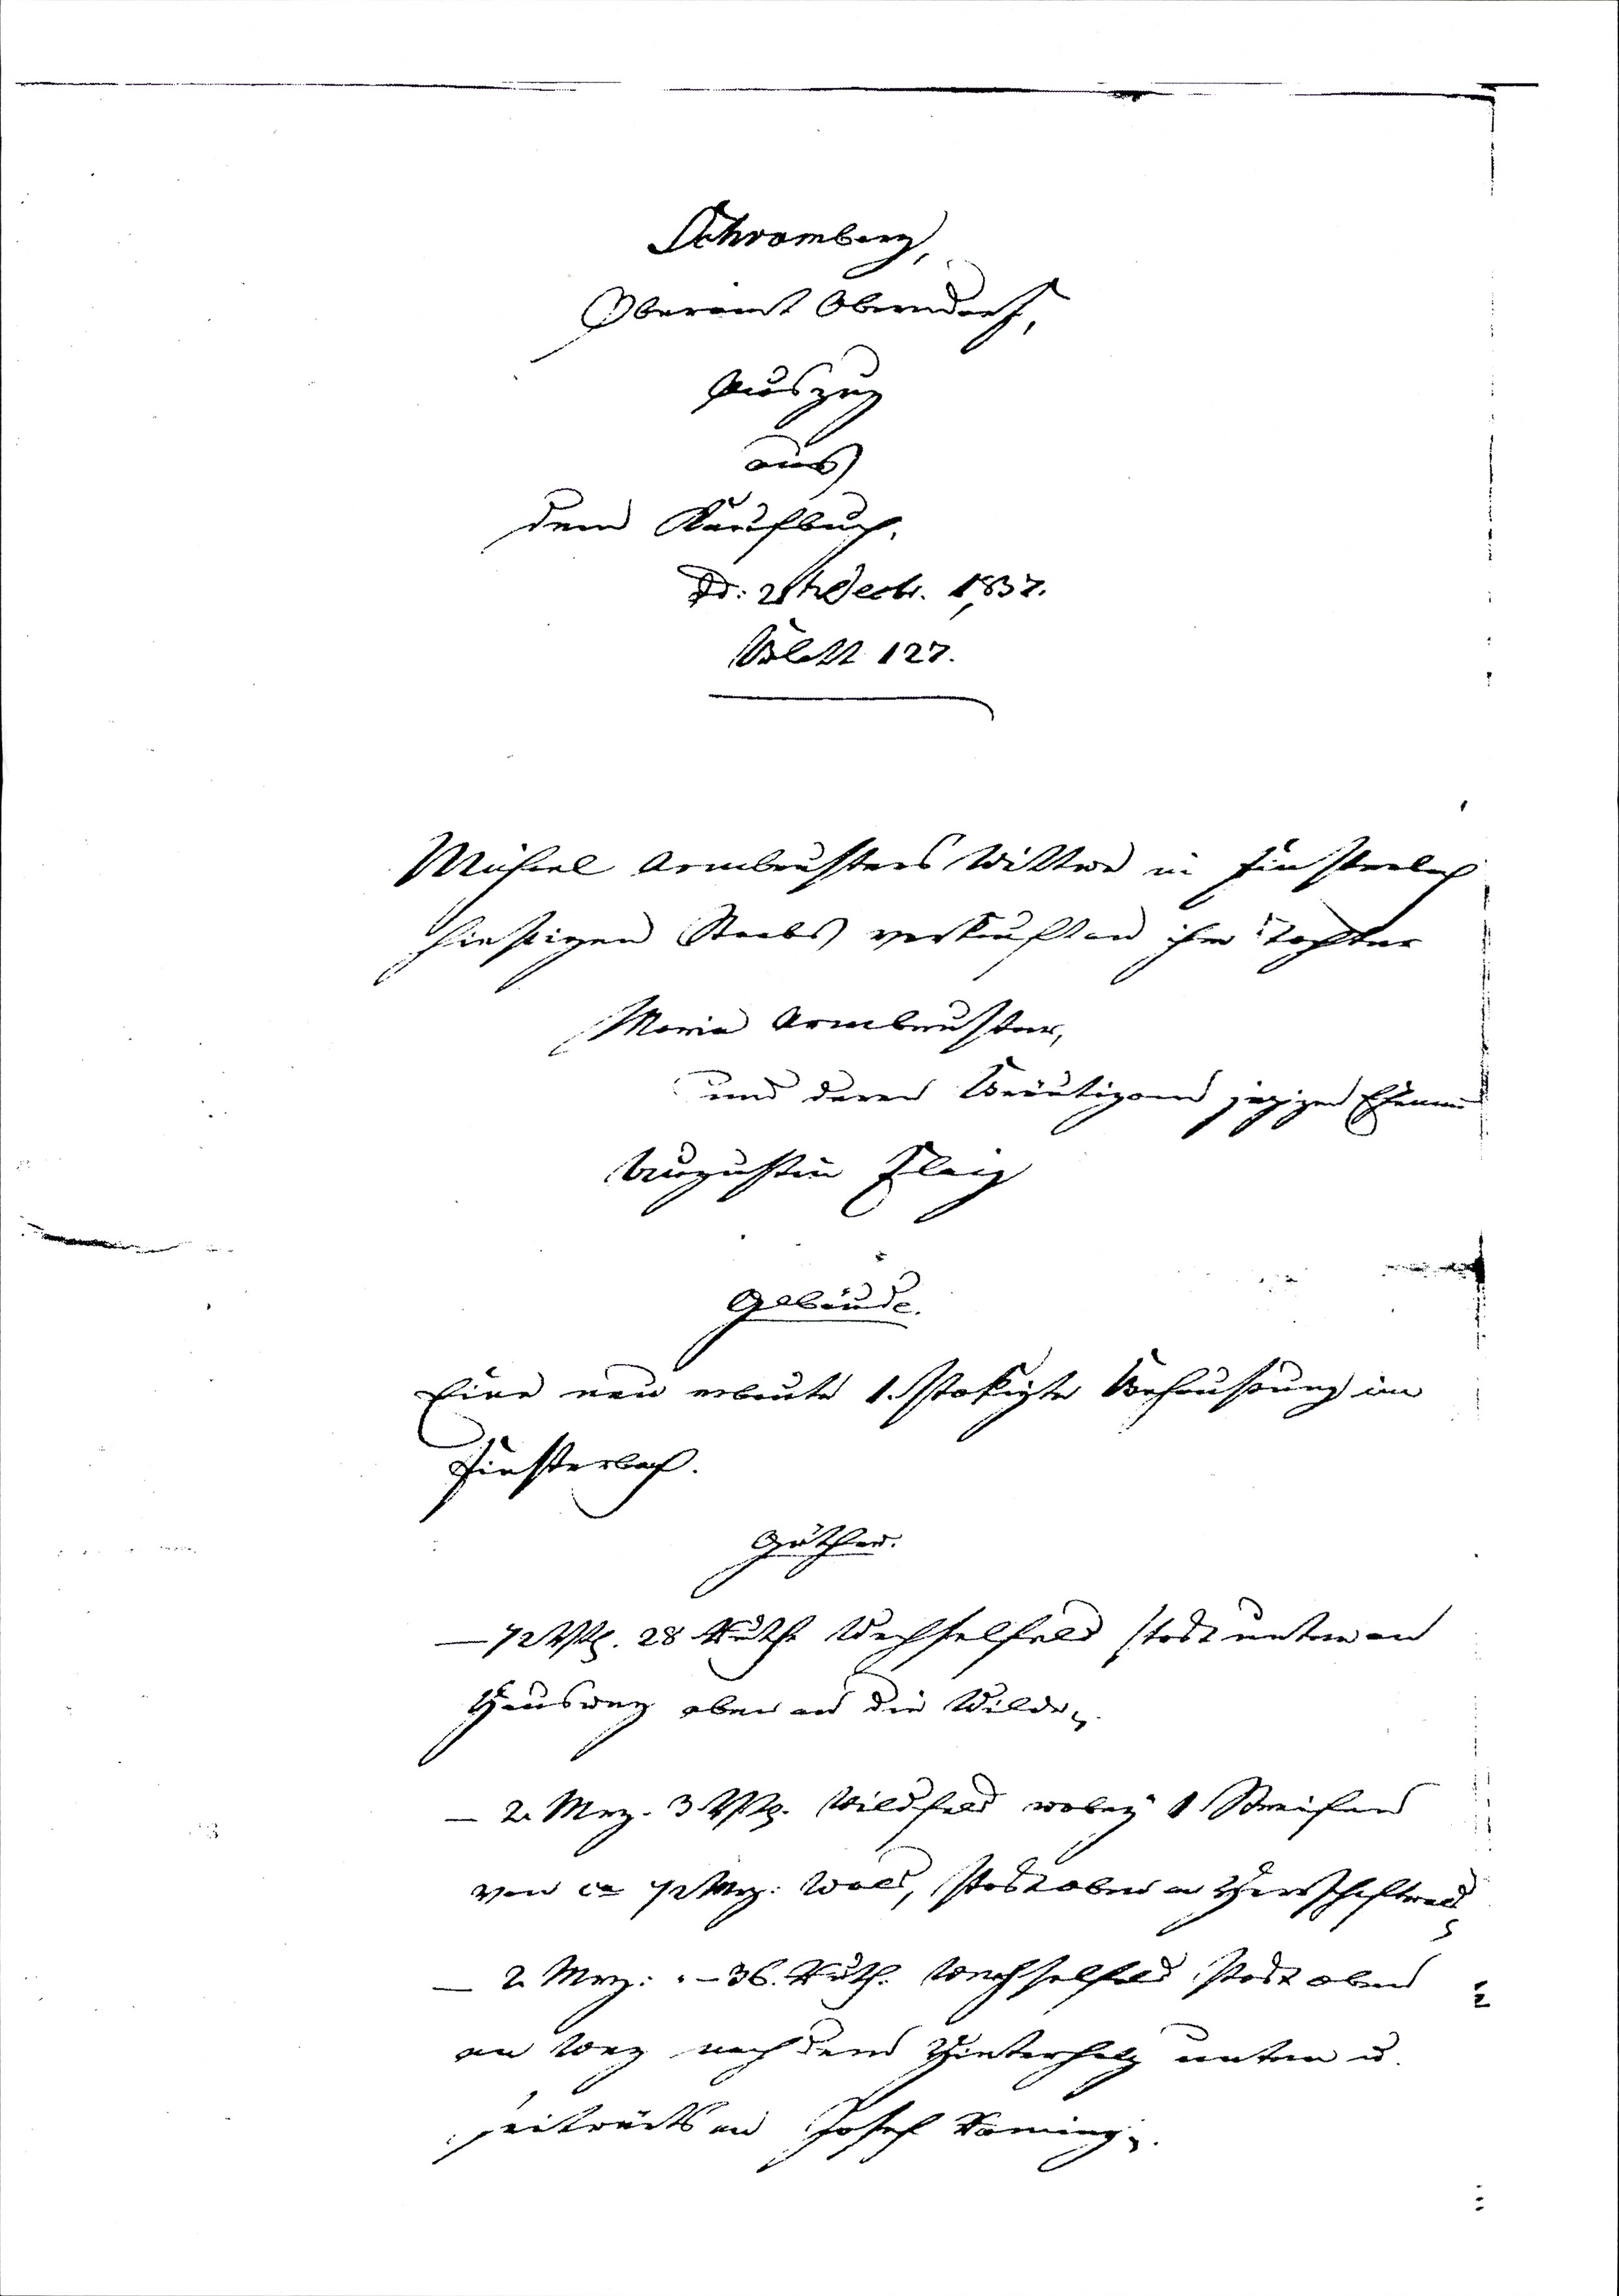
Schramberg,
Oberamt Oberndorf,
Auszug
aus
dem Kaufbuch,
d: 28ten Decbr. 1837.
Blatt 127.
Michael Armbrusters Wittwe in Finsterbach
hiesigen Staabs verkauft an ihre Tochter
Maria Armbruster,
und deren Bräutigam jezigen Ehemann
Augustin Flaig
Gebäude.
Eine neu erbaute 1.stokigte Behausung im
Finsterbach.
Güther.
— 7 Vt. 28 Ruth Wechselfelder stost unten an
Hausweg oben an die Wilde,
— 2 Mg. 3 Vt. Wildfelder wobey 1 Streifen
von ca 7 Mg. Wald, stost oben an Herrschaftwald,
— 2 Mg: " — 36. Ruth: Wechselfelder stost oben
an Weg nach dem Hinterholz unten ud.
seitwärts an Josef Roming.